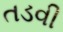
તડવી